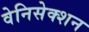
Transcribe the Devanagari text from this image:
वेनिसेक्शन